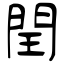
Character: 閏